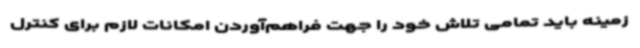
زمینه باید تمامی تلاش خود را جهت فراهم‌آوردن امکانات لازم برای کنترل